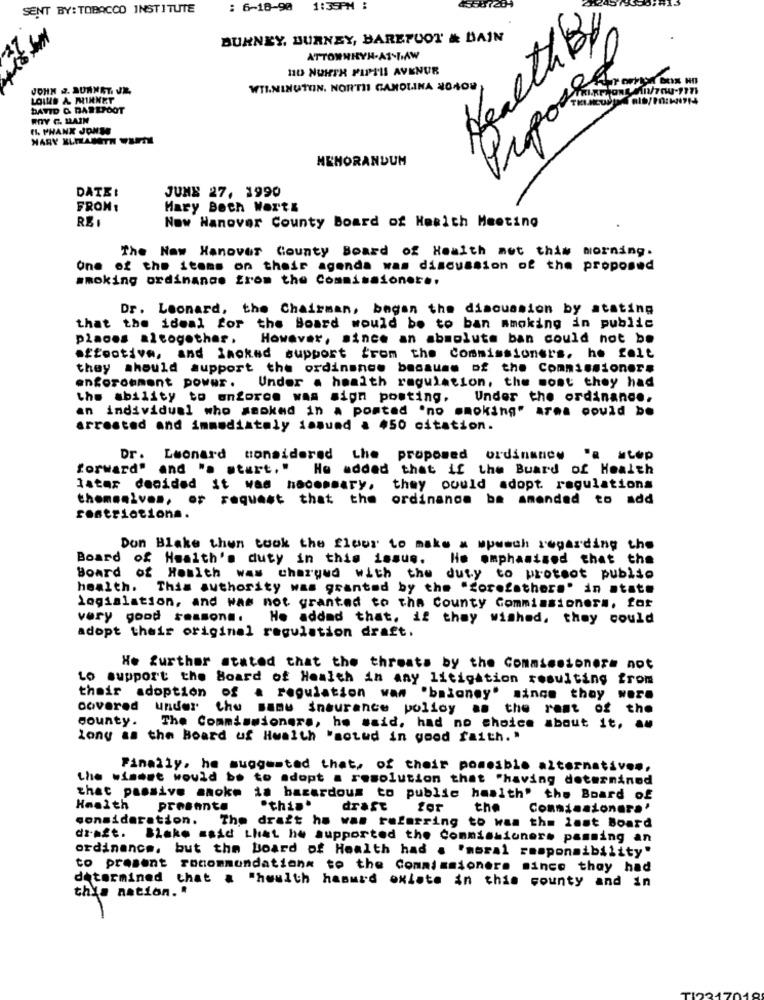
SENT BY: TOBACCO INSTITUTE
: 6-18-90 1:35PM :
Health By
BURNEY, BURNEY, BAREFOOT & BAIN
110 NURTH FIPILL AVENUR
Propose
JOHN 2. AUNNET. JE.
WTININUTON, NORTH CAROLINA 20408
LOINS A MINKET
DAVID & BAREFOOT
ROY C. BAIN
C. PHANK JONS
MEMORANDUM
DATE :
JUME 27, 1990
FROM:
Mary Beth Worth
REI
Now Hanover County Board of Howich Meeting
The New Hanover County Board of Health met this morning.
One of the items on their agenda was discussion of the proposed
smoking ordinance from the Commissioner ..
Dr. Leonard, the Chairman, began the discussion by stating
that the ideal for the Board would be to ban smoking in public
places altogether .
However, since an absolute ban could not be
effective, and Smoked support from the Commissioners. he felt
they should support the ordinance because of the Commissioners
enforcement power .
Under a health regulation, the most they had
the ability to enforce was sign posting.
Under the ordinance.
an individual who smoked in a posted "no smoking" area could be
arrested and immediately immund & #50 citation.
Dr. Leonard considered the proposed ordinance
forward" and ". start, "
He added that if the Buard of Health
latar denided it was hacommary, they could adopt. regulations
themselves, or request that the ordinance ba amended to add
restrictions.
Don Blake then took the flour to make & wpwsch regarding the
Board of Health's duty in this issue.
He emphasized that the
Board of Health was charged with the duty to proteot publio
health. This authority was granted by the "forefathers' in state
Logialation, and was not granted to the County Commissioners, for
very good reasons.
He added that. if they wished, they could
adopt their original regulation draft.
Ho further stated that the threats by the Commissioners not
Lo support the Board of Health in any litigation resulting from
their adoption of a regulation wan "baloney" since they were
covered under the same insurance polloy as the rest of the
county.
The Commissioners, he said, had no choice about it,
Zony as the Board uf Health "sotwd in good faith. "
Finally, he suggested that, of their pomosble alternativen,
the wisest would be to adopt a resolution that "having determined
that passive smoke is bazardous to public hawith' the Board of
Health
presente
"this.
draft
the
Commissionera'
consideration.
The draft he was referring to was the last Board
dz-azt.
Blake said that he supported the Commissioner. pamming an
ordinance, but the board of Health had . "moral responsibility"
to present recommandations to the Commissioner. since they had
determined that & "howith hamurd oxlate in this county and in
this nation. .